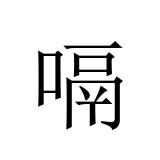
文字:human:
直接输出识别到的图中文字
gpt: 嗝